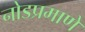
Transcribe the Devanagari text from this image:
नोडप्रमाणे